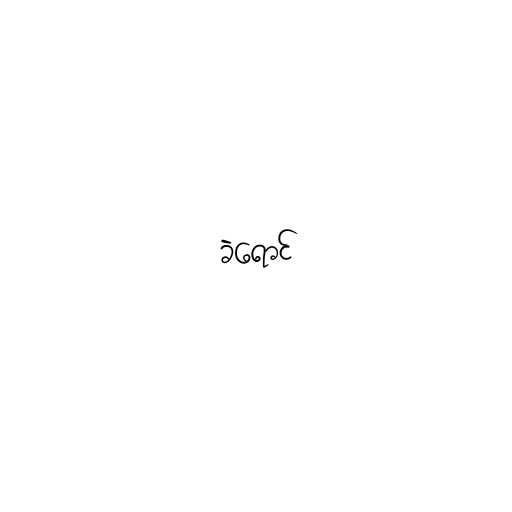
ခဲရောင်